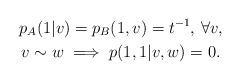
LaTeX: \begin{gather*}p_A(1|v)= p_B(1,v)= t^{-1}, \, \forall v, \\v \sim w \implies p(1,1 | v, w)= 0.\end{gather*}